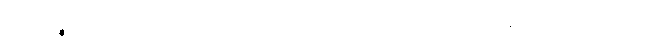
ကထဉ္စ၊ အဘယ်သို့လျှင်။ ကထံကဿံ၊ အသို့ ပြုရပါအံ့နည်း။ ကိံပုရိသံ၊